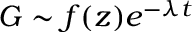
G \sim f ( z ) e ^ { - \lambda t }